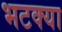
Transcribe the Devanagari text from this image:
भटक्‍या